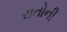
રાતોની